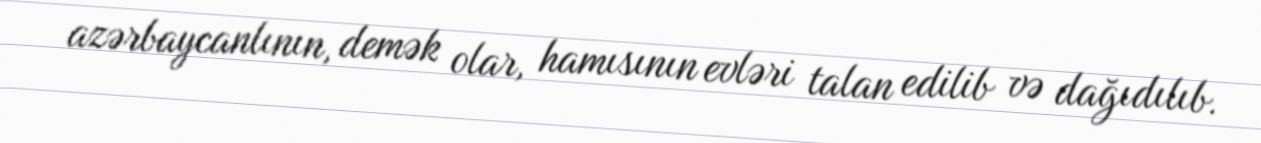
azərbaycanlının, demək olar, hamısının evləri talan edilib və dağıdılıb.